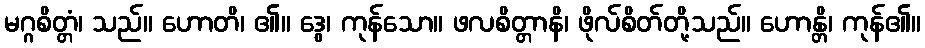
မဂ္ဂစိတ္တံ၊ သည်။ ဟောတိ၊ ၏။ ဒွေ၊ ကုန်သော။ ဖလစိတ္တာနိ၊ ဖိုလ်စိတ်တို့သည်။ ဟောန္တိ၊ ကုန်၏။